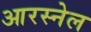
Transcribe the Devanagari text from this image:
आरस्नेल